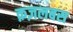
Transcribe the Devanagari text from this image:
क़ज़लबस